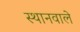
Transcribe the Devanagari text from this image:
स्थानवाले